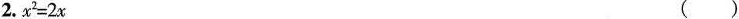
2.$$x ^ { 2 } = 2 x$$ ( )